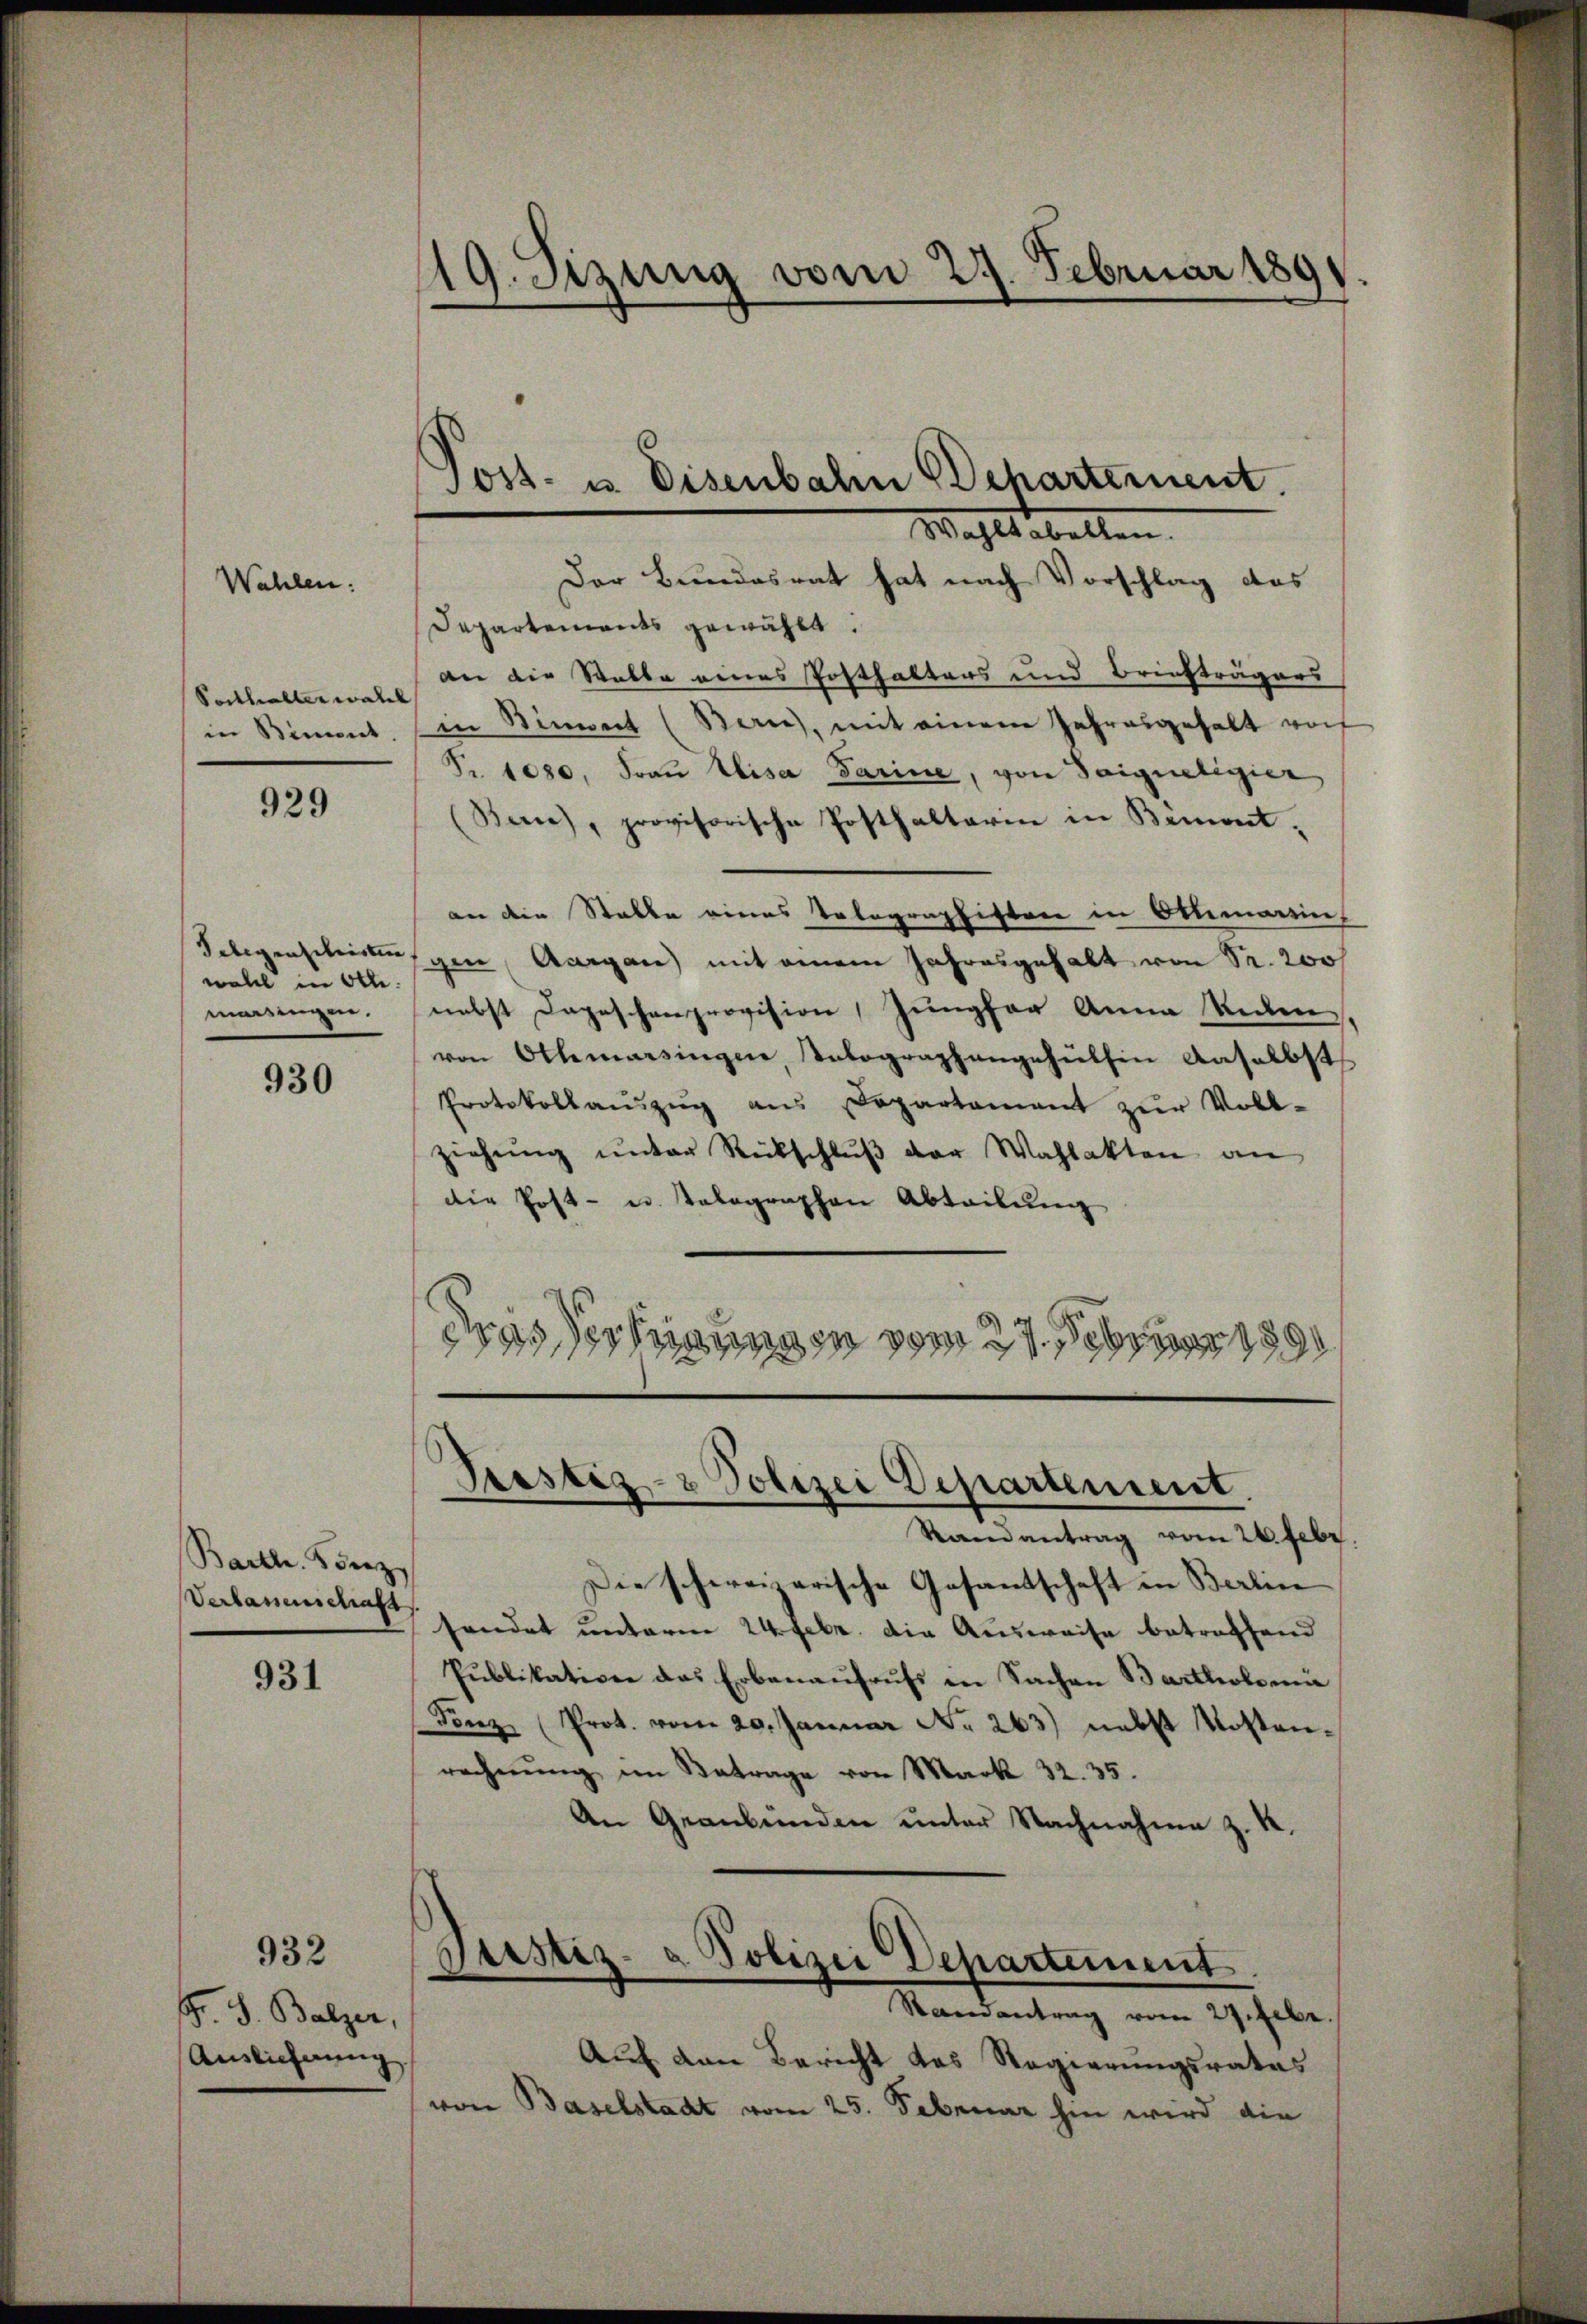
Wahlen:

Soithalter wahl

929

wohl in Otte
masengen.

930

Bartl. Fierz
Vertanenschaf

931

932

Wahls abellen.
Der Bundesrat hat nach Vorschlag das
Departements gewählt.
der die Walte eines Posthalters und Briefträgers
in Bimmt, in Binnert (Bern, mit einem Jahresgehalt von
Fr. 1080. Frau Elisa darine, von Saigueligier
(Banne), provisorische Posthalterin in Binwert.
an die Stelle eines Telegraphisten in Allemansin
Selegenschickungen, Aargau) mit einem Jahresgehalt von Sr. 200f
nebst Depeschenprovision, Jungfer Anna Secken
von Othmarsingen, Velographangehülfen Anselbst
Protokollaŭszŭg aŭs Departament zŭr Voll-
ziehŭng ŭnter Rückschlŭβ der Wahlakten an
die Post- u. telegraphen Abteilung
dras der Mannen vom 27. Februar 189

Gr. S. Balzer,
Auslichnung

119. Sizung vom 27. Februar 189

Joss- u. Eisenbahn Departement.

Die schweizerische Gesandschaft in Berlin
sendet unterm 24. Febr. die Ausweise betreffend
Publikativen das Erbenaufrufs in Sachen Bartholomi
Fonz (Prot. vom 20. Januar No. 263) nebst Kosten-
rechnŭng im Betrage von Mark 32. 35.
An Graubünden unter Nachnahme z. K.
Justiz- & Polizei Departement
—
Randantrag vom 27. Febr.
Auf den Bericht das Regierungsrates
von Baselstadt vom 25. Februar hin wird die

¬
Piustiz- & Polizei Departement.
Randantrag vom 26. Febr.